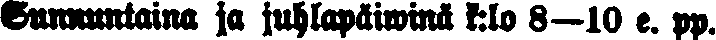
Sunnuntaina ja juhlapäiwinä k:lo 8—10 e. pp.